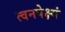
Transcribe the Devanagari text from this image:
त्वनपेक्ष्यं